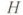
H